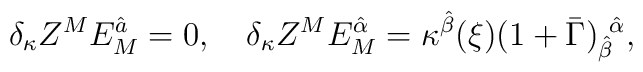
\delta_\kappa Z^ME_M^{\hat a}=0, \quad \delta_\kappa Z^ME_M^{\hat \alpha}=\kappa^{\hat\beta}(\xi)(1+\bar\Gamma)_{\hat\beta}^{~\hat\alpha},